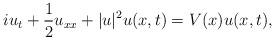
LaTeX: \begin{align*}i u_t + \frac{1}{2} u_{xx} + |u|^2 u(x,t) =V(x)u(x,t),\end{align*}